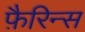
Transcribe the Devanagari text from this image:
फ़ैरिन्स